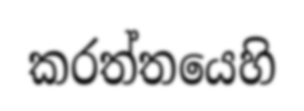
කරත්තයෙහි